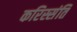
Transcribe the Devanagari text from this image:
करिस्संति